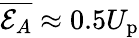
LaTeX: \overline{{\mathcal{E}_{A}}}\approx 0.5U_{\mathrm{p}}